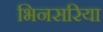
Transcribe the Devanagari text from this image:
भिनसरिया